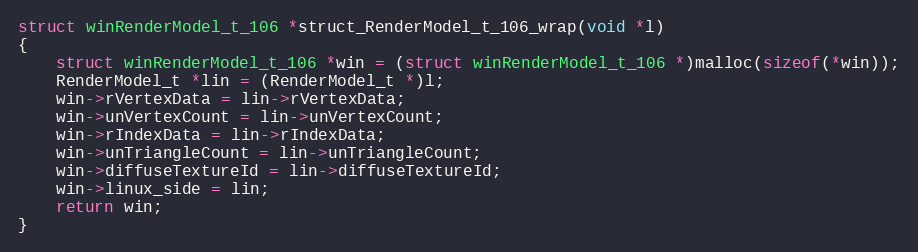
Language: C++
struct winRenderModel_t_106 *struct_RenderModel_t_106_wrap(void *l)
{
    struct winRenderModel_t_106 *win = (struct winRenderModel_t_106 *)malloc(sizeof(*win));
    RenderModel_t *lin = (RenderModel_t *)l;
    win->rVertexData = lin->rVertexData;
    win->unVertexCount = lin->unVertexCount;
    win->rIndexData = lin->rIndexData;
    win->unTriangleCount = lin->unTriangleCount;
    win->diffuseTextureId = lin->diffuseTextureId;
    win->linux_side = lin;
    return win;
}